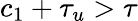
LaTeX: c_{1}+\tau_{u}>\tau